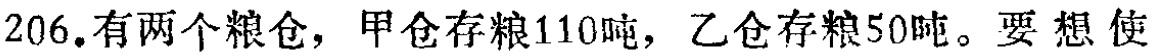
206.有两个粮仓，甲仓存粮110吨，乙仓存粮50吨。要想使